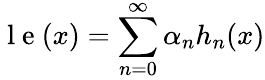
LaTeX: \mathrm{~l~e~}(x)=\sum_{n=0}^{\infty}\alpha_{n}h_{n}(x)